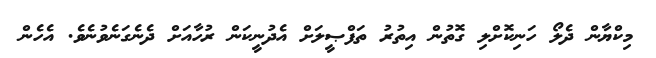
މިކްޔާން ދެލޯ ހަނިކޮށްލި ގޮތުން އިތުރު ތަފްޞީލަށް އެދުނީކަން ރުހާއަށް ދެނެގަނެވުނެވެ. އެހެން